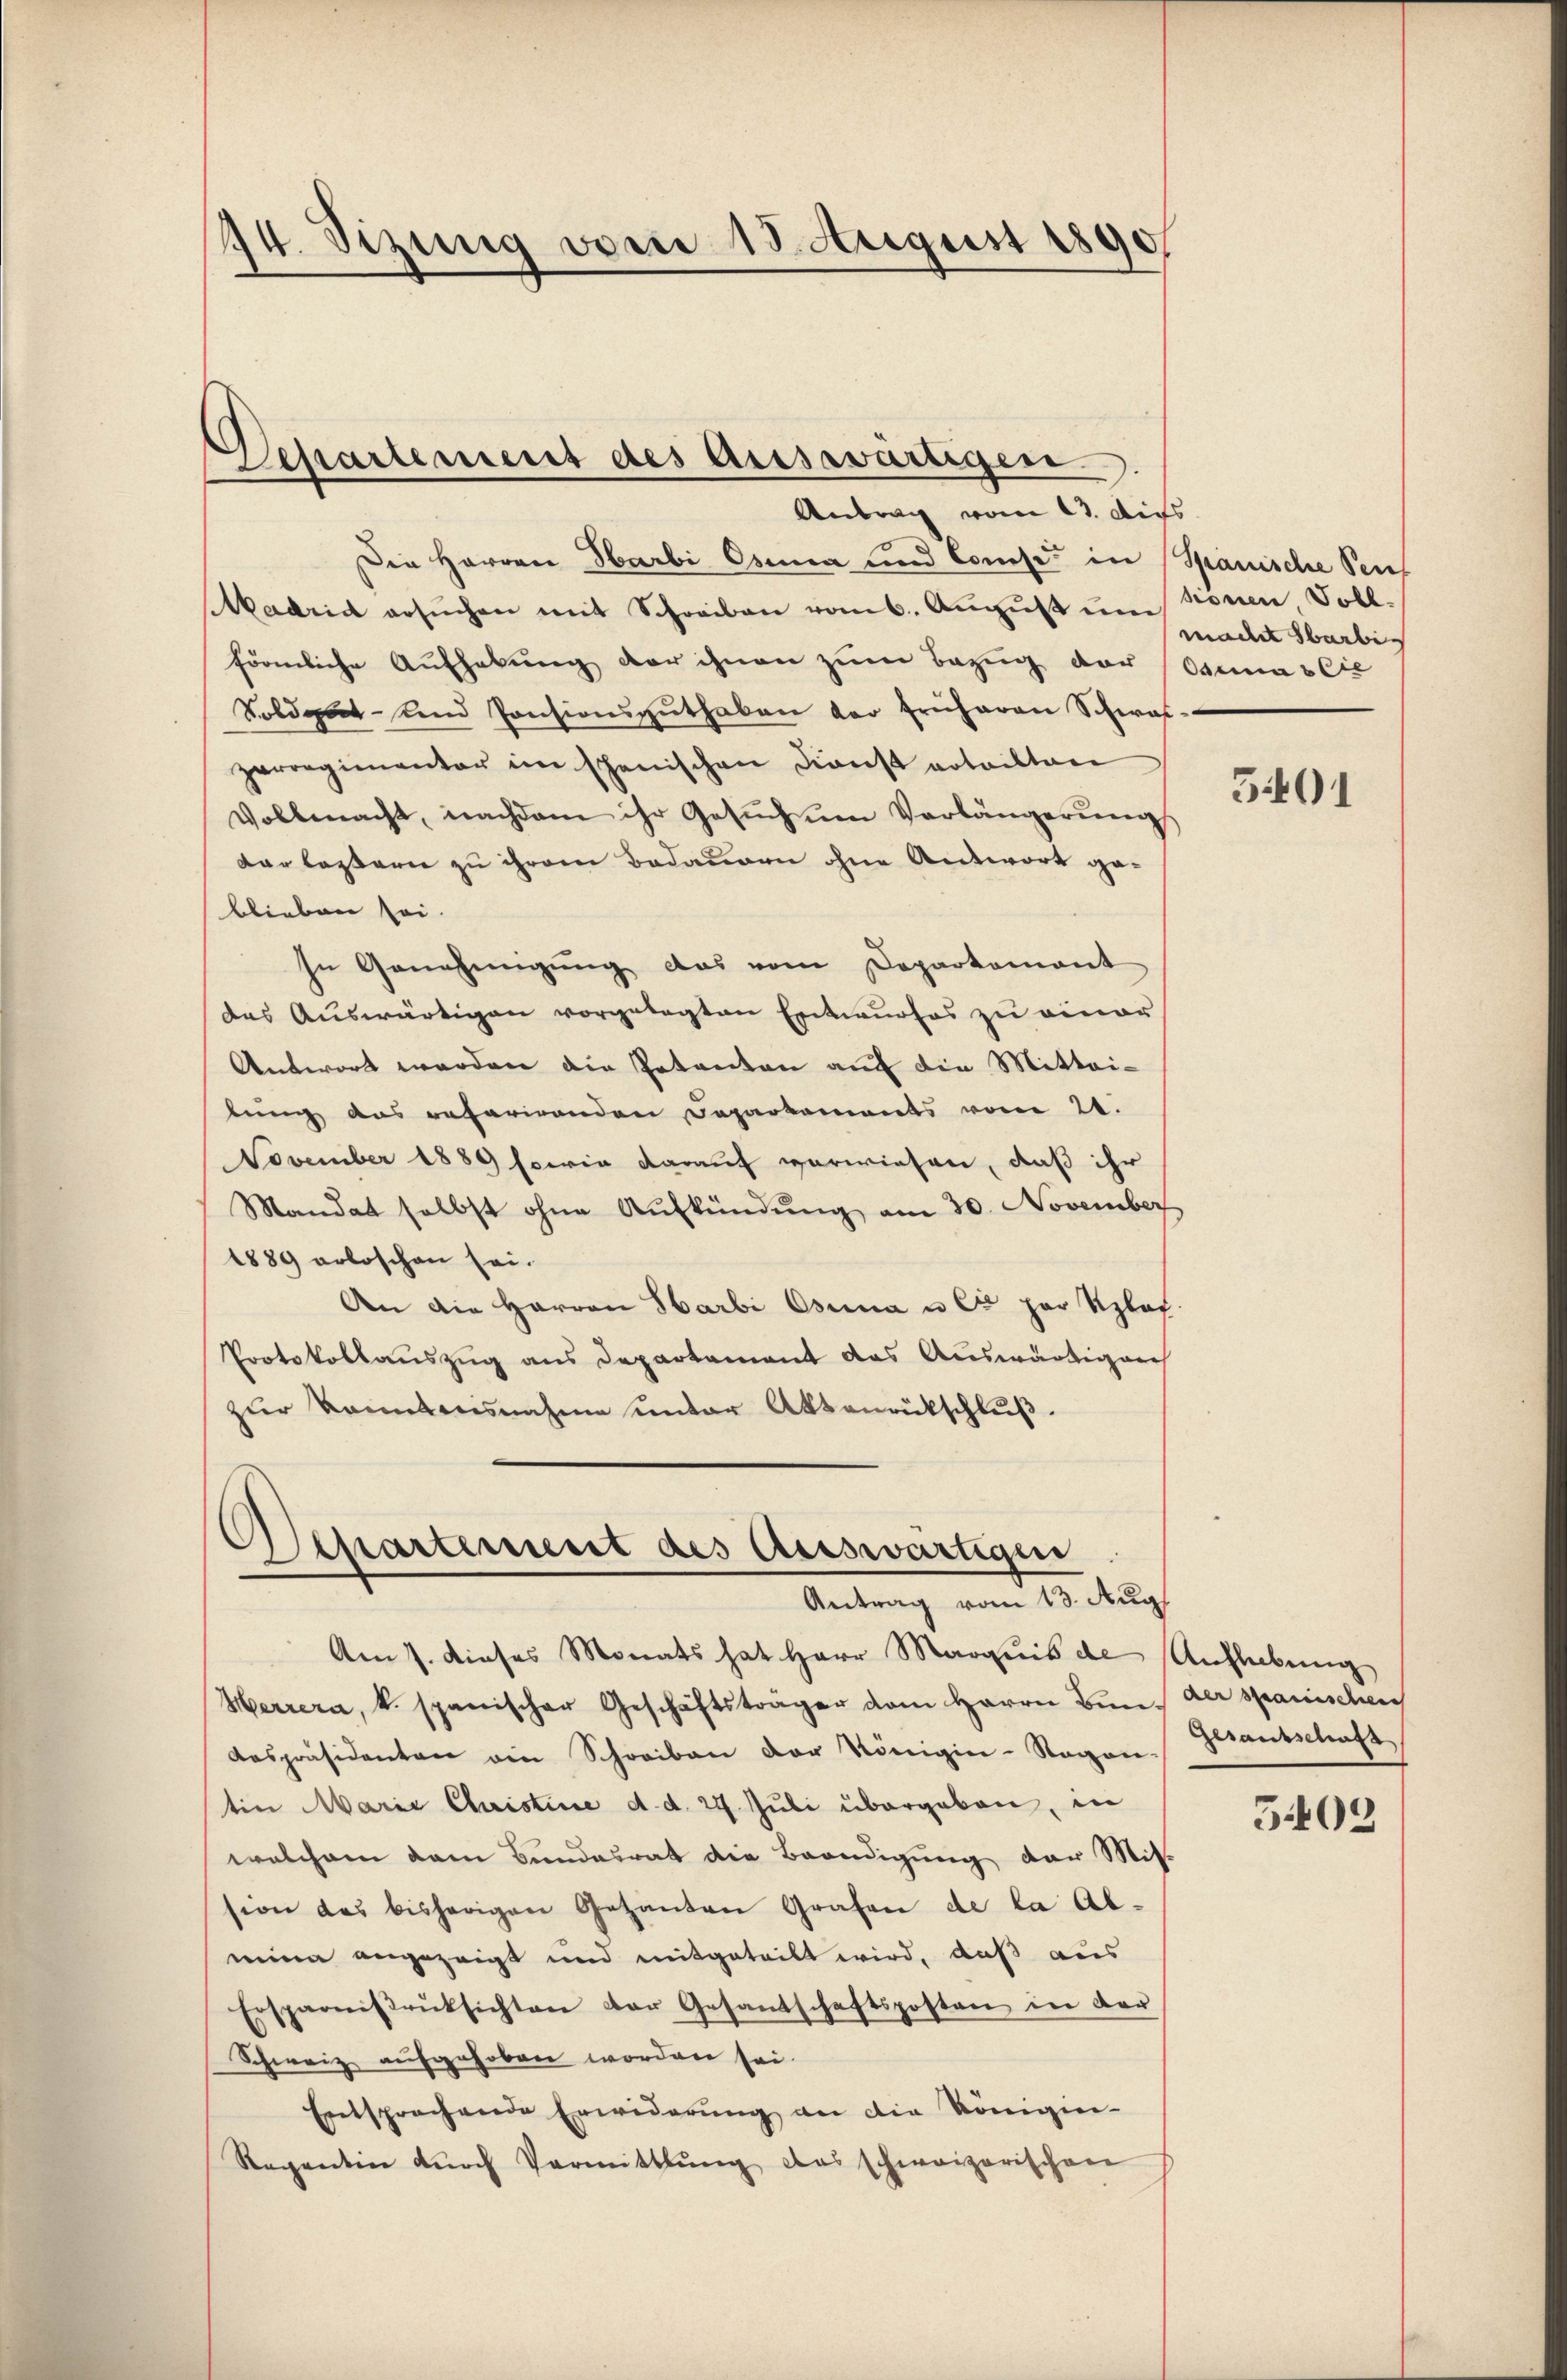
44. Sizung vom 15. August 1890

Dessartement des auswärtigen.
Antrag vom 23. Aus

Die Herren Harbi Osenia und Comise in Spanische Pers
Aadrid ersŭchen mit Schreiben vom 6. Aŭgŭst ŭm Sonen Voll
förmliche Aufhebung der ihnen zum Bezug der Osemas lie
Soldat- und Pensionsgŭthaben der früheren Schwal-
zerregimentar im spanischen Dienst notailtan
Vollmacht, nachdem ihr Gesŭch ŭm Verlängerŭng
derlassern zu ihrem Badauren ohne Antwort geblieben sei.
In Genehmigŭng das vom Departement
des Auswärtigen vorgelegten Entwurfes zu einer
Antwort werden die Petenten auf die Mittei-
lung das referirenden Departements vom 22.
November 1889 sowie darauf verwiesen, daß ihr
Mandat selbst ohne Aufkündung am 30. November
1889 erloschen sei.
An die Harren Harbi Osina u. et par Uplat
Protokollauszug aus Departement das Auswärtigens
zur kanntensnahme unter Aktenrückschluß.

Separtement des auswärtigen
Antrag vom 13. Aug.

Am 7. dieses Monats hat Herr Marquis de Aufhebung
Harrera, u. spanischer Geschäftsträger vom Herrn Bin der spanischen
Anspräsidenten ein Schreiben der Königin-Ragon-
tin Marie Quistine d. d. 24. Juli übergaben, in
welchem dem Bundesrat die Beendigung der Mission des bisherigen Gesanten Grafen de la Almeine angezeigt und mitgeteilt wird, daß aus
Ersparniβrüksichten der Gesantschaftsposten in der
Schweiz aufgehoben worden sei.
Entsprechende Erwiderŭng an die Königier-
Regentin dŭrch Vermittlung das schweizerischen

mader Sarbi

5401

Gesandschaft

5403